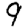
Digit: 9